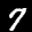
Label: 7